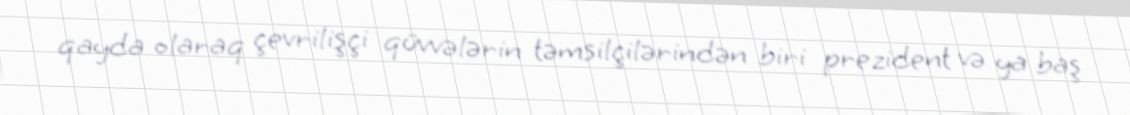
qayda olaraq çevrilişçi qüvvələrin təmsilçilərindən biri prezident və ya baş